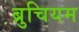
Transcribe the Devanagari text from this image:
ब्रुचियम